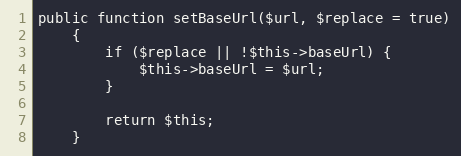
Language: PHP
public function setBaseUrl($url, $replace = true)
    {
        if ($replace || !$this->baseUrl) {
            $this->baseUrl = $url;
        }

        return $this;
    }